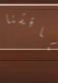
تناقشنا